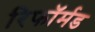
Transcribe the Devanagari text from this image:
रिफॉर्मड